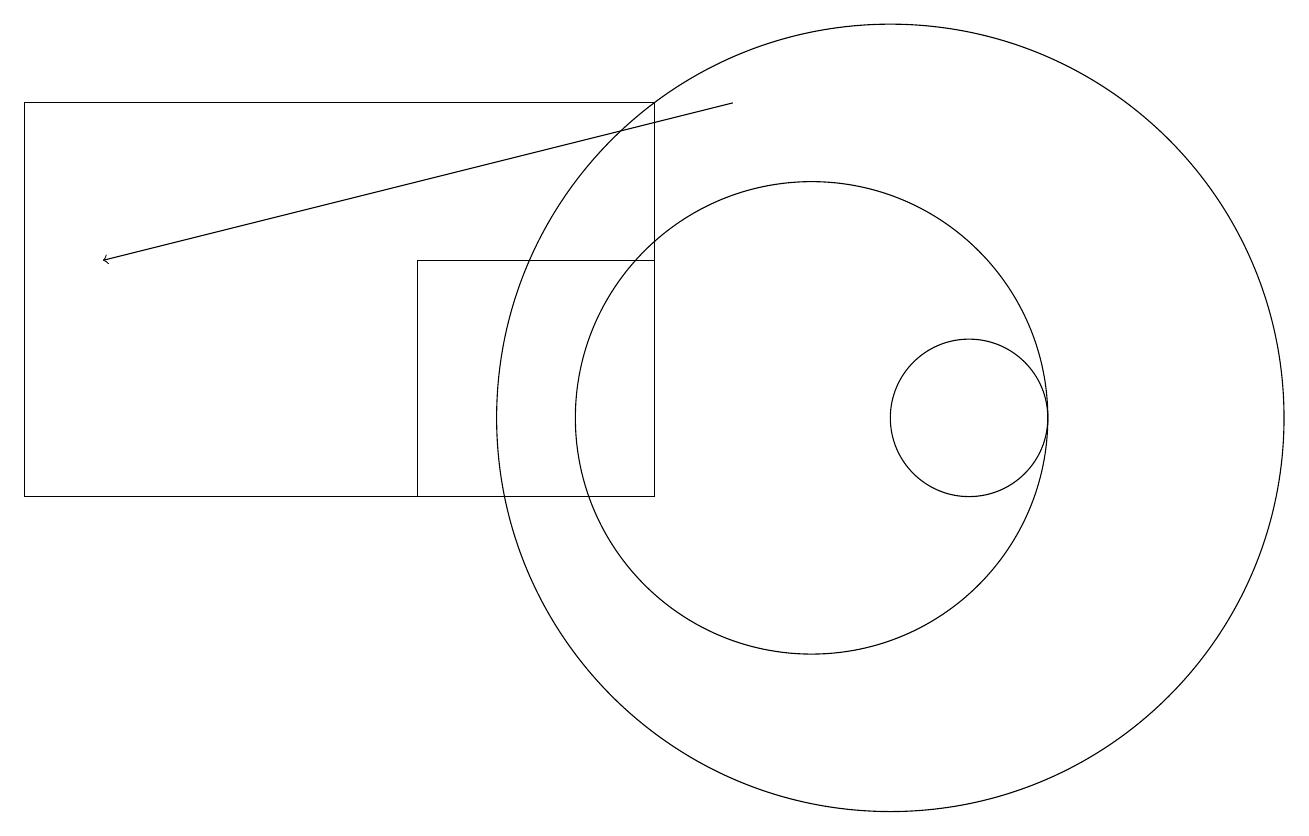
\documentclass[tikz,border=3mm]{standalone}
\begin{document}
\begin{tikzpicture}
\draw (0,10) rectangle (8,15);
\draw (12,11) circle (1);
\draw (11,11) circle (5);
\draw (10,11) circle (3);
\draw[->] (9,15) -- (1,13);
\draw (5,13) rectangle (8,10);
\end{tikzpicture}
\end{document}